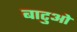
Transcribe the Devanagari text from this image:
बाटुओ